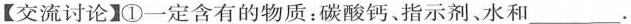
【交流讨论】①一定含有的物质：碳酸钙、指示剂、水和___.